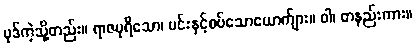
ပုဒ်ကဲ့သို့တည်း။ ရာဇပုရိသော၊ မင်းနှင့်စပ်သောယောက်ျား။ ဝါ၊ တနည်းကား။